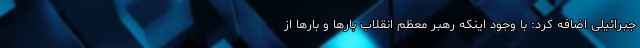
جبرائیلی اضافه کرد: با وجود اینکه رهبر معظم انقلاب بارها و بارها از